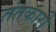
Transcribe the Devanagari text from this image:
तंतकारी